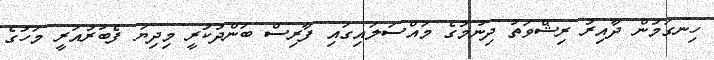
ހިނގަމުން ދާއިރު ރިޝްވަތު ދިނުމުގެ މައްސަލައިގައި ފާރިސް ބަންދުކުރީ މިދިޔަ ފެބުރުއަރީ މަހުގެ